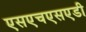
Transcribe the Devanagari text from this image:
एसएचएसएडी